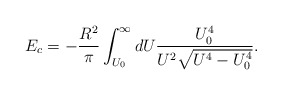
\begin{align*}E_c = -\frac{R^2}{\pi} \int_{U_0}^\infty dU\frac{U_0 ^4}{U^2\sqrt{U^4 - U_0 ^4}}.\end{align*}